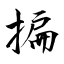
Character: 揙